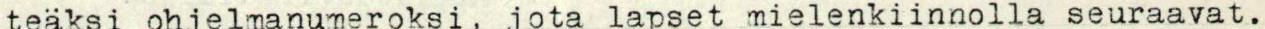
teäksi ohjelmanumeroksi, jota lapset mielenkiinnolla seuraavat.